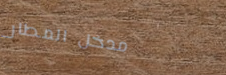
مدخل المطار